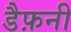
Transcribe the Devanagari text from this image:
डैफ़नी